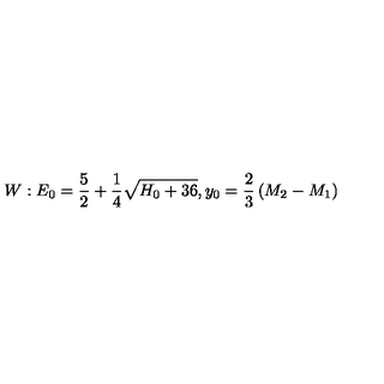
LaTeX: W : E _ { 0 } = { \frac { 5 } { 2 } } + { \frac { 1 } { 4 } } \sqrt { H _ { 0 } + 3 6 } , y _ { 0 } = { \frac { 2 } { 3 } } \left( M _ { 2 } - M _ { 1 } \right)